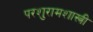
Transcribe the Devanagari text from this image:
परशुरामशास्त्री